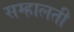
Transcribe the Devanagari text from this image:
सम्हालती